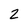
Character: 2